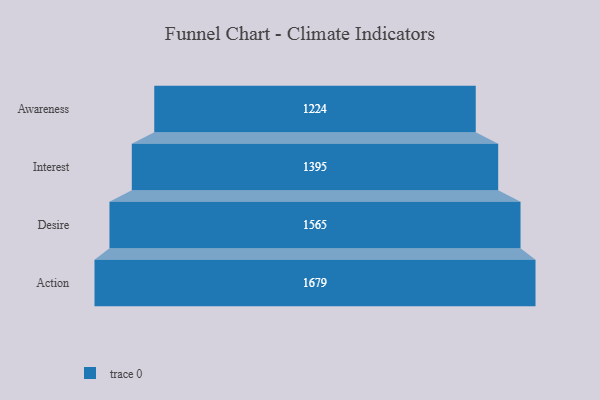
{"axis": {"x": "Stage", "y": "Value"}, "legend": [""], "data": [{"x": "Awareness", "y": 1224.0, "type": ""}, {"x": "Interest", "y": 1395.0, "type": ""}, {"x": "Desire", "y": 1565.0, "type": ""}, {"x": "Action", "y": 1679.0, "type": ""}]}